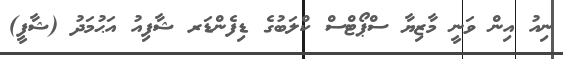
ނިއު އިން ވަނީ މާޒިޔާ ސްޕޯޓްސް ކްލަބުގެ ޑިފެންޑަރ ޝާފިއު އަޙުމަދު (ޝާފީ)